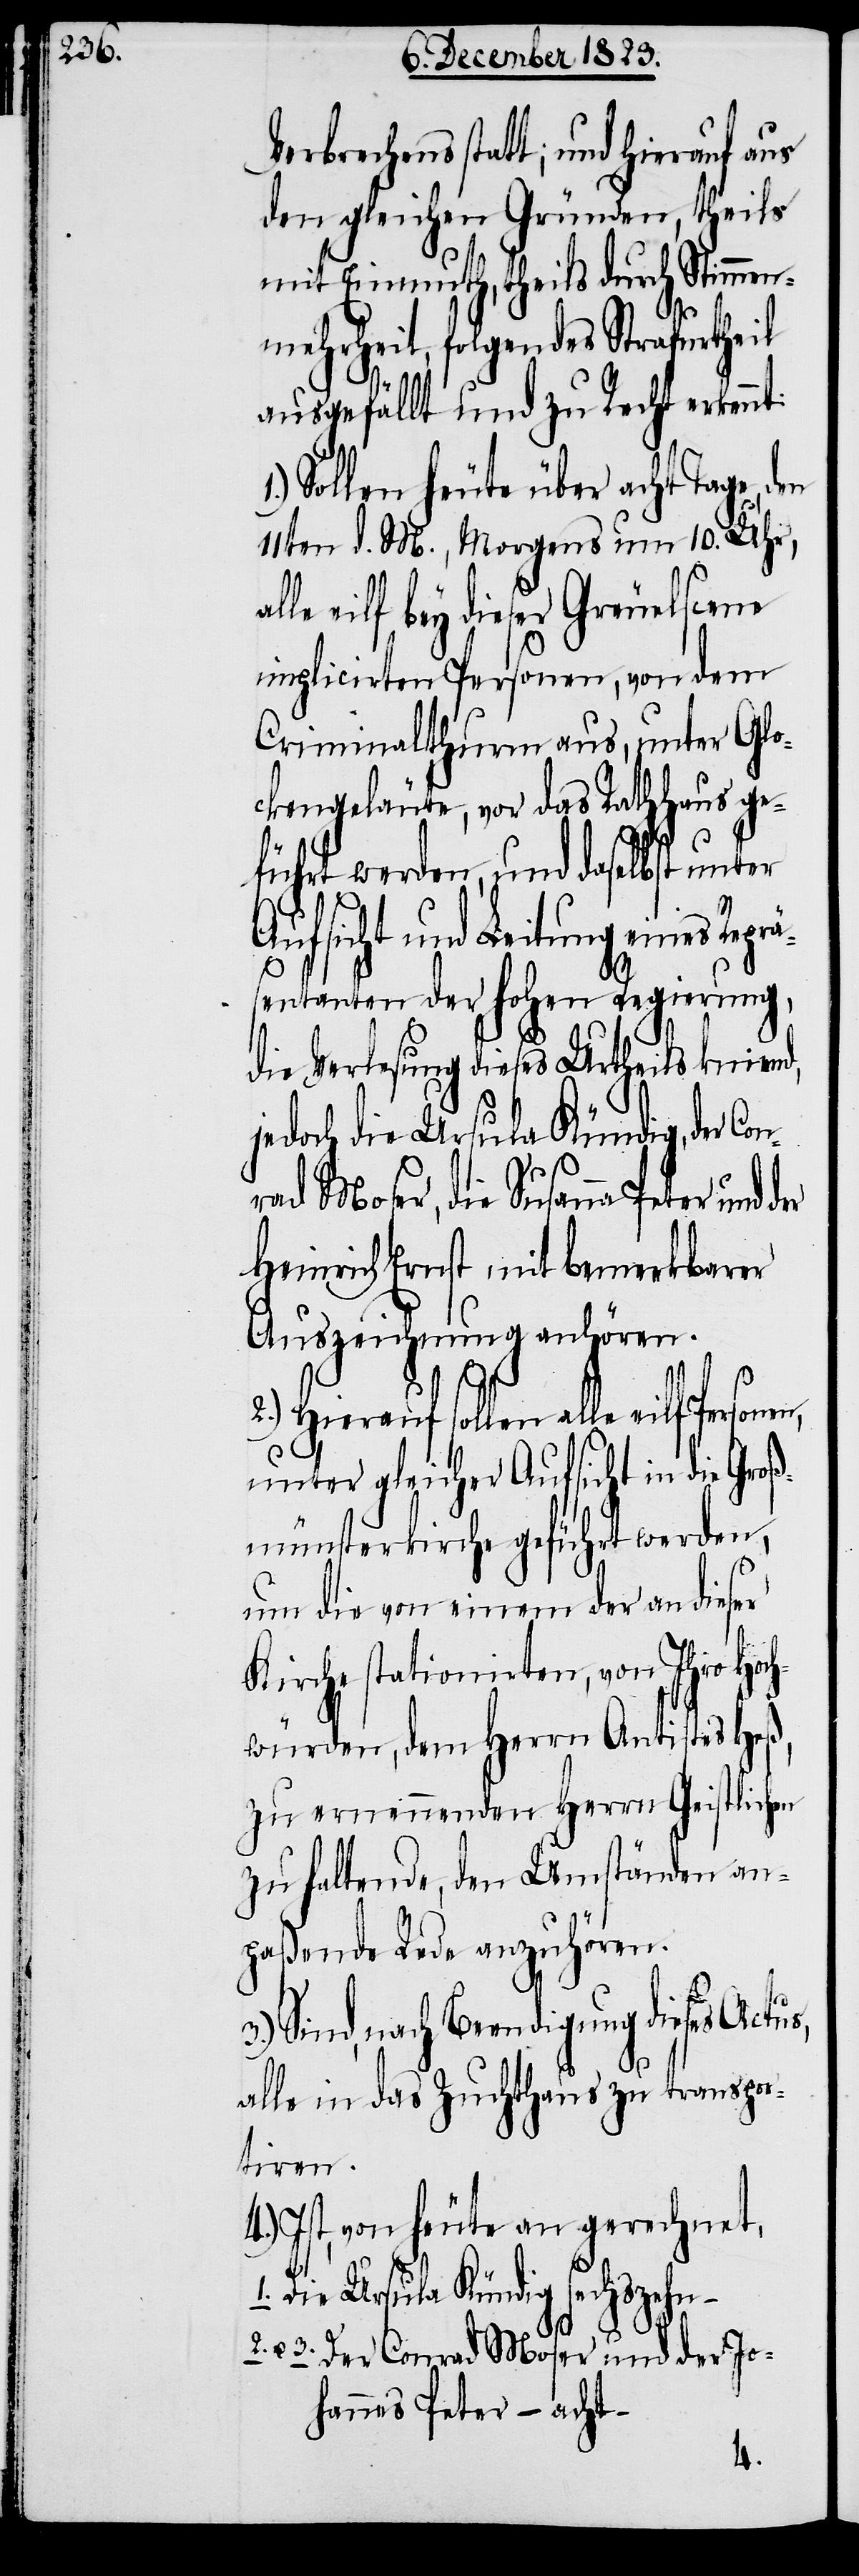
Verbrechens statt; und hierauf aus
den gleichen Gründen, theils
mit Einmuth, theils durch Stimmen¬
mehrheit, folgendes Strafurtheil
ausgefällt und zu Recht erkenn¬
Sollen heute über acht Tage,
11ten d. M., Morgens um 10. Uhr,
eilf bey dieser Greuelscene
implicirten Personen, von dem
Criminalthurm aus, unter Glo¬
ckengeläute, vor das Rathhaus ge¬
führt werden, und daselbst unter
Aufsicht und Leitung eines Rep¬
räsentanten der hohen Regierung,
die Verlesung dieses Urtheils knien¬
jedoch die Ursula Kündig, der Co¬
nrad Moser, die Susanna Peter und
Heinrich Ernst mit bemerkbarer
Auszeichnung anhören.
sollen alle eilf Personen,
unter gleicher Aufsicht in die Gro¬
ßmünsterkirche geführt werden,
um die von einem der an dieser
Kirche stationirten, von Ihro Hoch¬
würden, dem Herrn Antistes Heß,
zu ernennenden Herrn Geistlichen
zu haltende, den Umständen an¬
paßende Rede anzuhören.
Sind, nach Beendigung dieses
alle in das Zuchthaus zu transpor¬
tiren.
Ist, von heute an gerechnet,
1. Die Ursula Kündig sechszehn –
2. u. 3. Der Conrad Moser und der Jo¬
hannes Peter – acht
d,